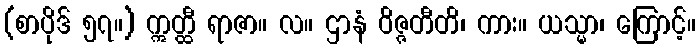
(စာပိုဒ် ၅၇။) ဣတ္ထီ ရာဇာ။ လ။ ဌာနံ ဝိဇ္ဇတီတိ၊ ကား။ ယသ္မာ၊ ကြောင့်။